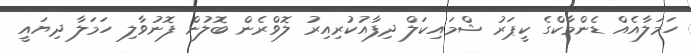
ހަމަލާއެއް ޑެންމާކްގެ ކީޕަރު ޝްމައިކަލް ދިފާއުކުރިއިރު ލޮވްރެން ބޮލުން ފޮނުވާލި ހަމަލާ ދިޔައީ